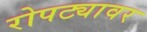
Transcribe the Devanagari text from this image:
रोपट्यावर